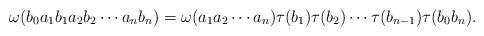
LaTeX: \begin{align*}\omega(b_0a_1b_1a_2b_2\cdots a_nb_n)=\omega(a_1a_2\cdots a_n)\tau(b_1)\tau(b_2)\cdots \tau(b_{n-1})\tau(b_0b_n).\end{align*}